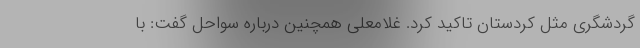
گردشگری مثل کردستان تاکید کرد. غلامعلی همچنین درباره سواحل گفت: با